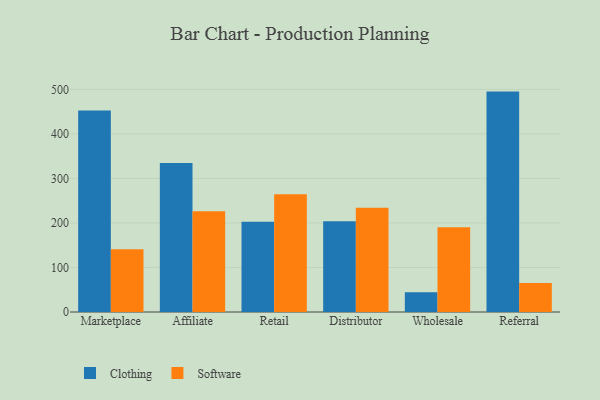
{"axis": {"x": "Channel", "y": "Latency (ms)"}, "legend": ["Clothing", "Software"], "data": [{"x": "Marketplace", "y": 452.7, "type": "Clothing"}, {"x": "Marketplace", "y": 140.9, "type": "Software"}, {"x": "Affiliate", "y": 334.8, "type": "Clothing"}, {"x": "Affiliate", "y": 226.0, "type": "Software"}, {"x": "Retail", "y": 202.5, "type": "Clothing"}, {"x": "Retail", "y": 264.6, "type": "Software"}, {"x": "Distributor", "y": 203.8, "type": "Clothing"}, {"x": "Distributor", "y": 234.0, "type": "Software"}, {"x": "Wholesale", "y": 44.4, "type": "Clothing"}, {"x": "Wholesale", "y": 190.5, "type": "Software"}, {"x": "Referral", "y": 495.0, "type": "Clothing"}, {"x": "Referral", "y": 65.0, "type": "Software"}]}